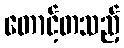
တောင့်တသည့်